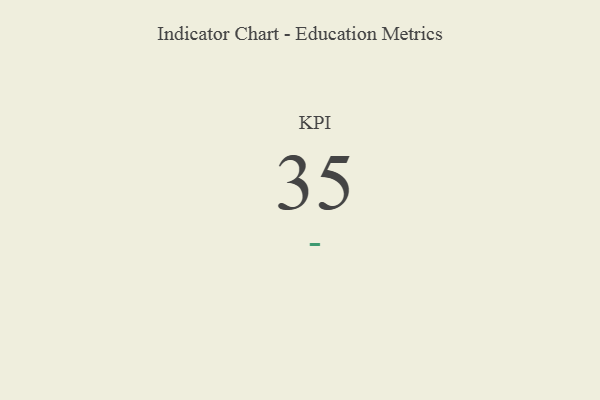
{"axis": {"x": "KPI", "y": "Value"}, "legend": [""], "data": [{"x": "KPI", "y": 35, "type": ""}]}